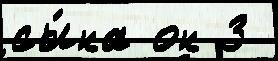
сы́на он 3